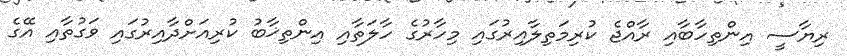
ރިޔާސީ އިންތިހާބާއި ރާއްޖެ ކުރިމަތިލާއިރުގައި މިހާރުގެ ހާލަތާއި އިންތިޚާބު ކުރިއަށްދާއިރުގައި ވަގުތާއި އޭގެ